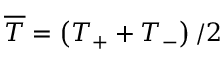
\overline { { T } } = \left( T _ { + } + T _ { - } \right) / 2